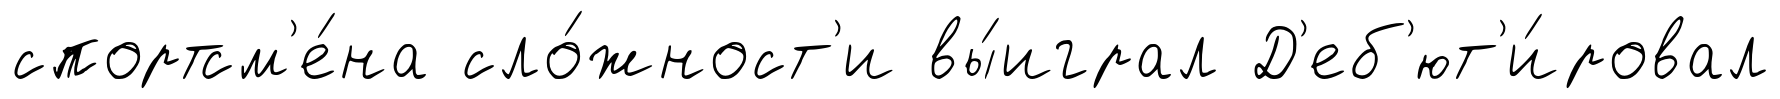
спортсм'е́на сло́жност'и вы́играл Д'еб'ют'и́ровал